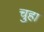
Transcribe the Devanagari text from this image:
चुहा